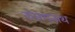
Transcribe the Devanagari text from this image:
कोरंगनाथ